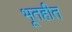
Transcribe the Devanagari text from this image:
भूतहीत